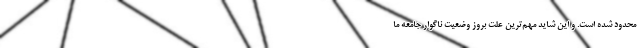
محدود شده است. و این شاید مهم‌ترین علت بروز وضعیت ناگوار جامعه ما